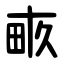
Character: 畞